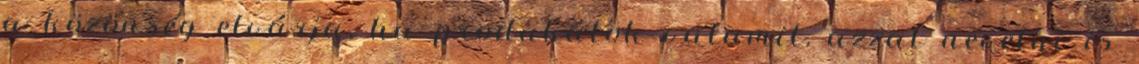
a közönség elvárja, ha produkálok valamit, azzal nevelni is